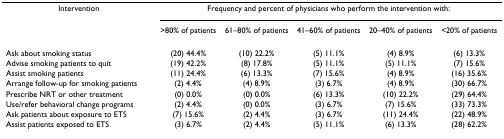
<table><thead><tr><td><b>Intervention</b></td><td colspan="5"><b>Frequency and percent of physicians who perform the intervention with:</b></td></tr><tr><td></td><td><b>&gt;80% of patients</b></td><td><b>61–80% of patients</b></td><td><b>41–60% of patients</b></td><td><b>20–40% of patients</b></td><td><b>&lt;20% of patients</b></td></tr></thead><tbody><tr><td>Ask about smoking status</td><td>(20) 44.4%</td><td>(10) 22.2%</td><td>(5) 11.1%</td><td>(4) 8.9%</td><td>(6) 13.3%</td></tr><tr><td>Advise smoking patients to quit</td><td>(19) 42.2%</td><td>(8) 17.8%</td><td>(5) 11.1%</td><td>(5) 11.1%</td><td>(7) 15.6%</td></tr><tr><td>Assist smoking patients</td><td>(11) 24.4%</td><td>(6) 13.3%</td><td>(7) 15.6%</td><td>(4) 8.9%</td><td>(16) 35.6%</td></tr><tr><td>Arrange follow-up for smoking patients</td><td>(2) 4.4%</td><td>(4) 8.9%</td><td>(3) 6.7%</td><td>(4) 8.9%</td><td>(30) 66.7%</td></tr><tr><td>Prescribe NRT or other treatment</td><td>(0) 0.0%</td><td>(0) 0.0%</td><td>(6) 13.3%</td><td>(10) 22.2%</td><td>(29) 64.4%</td></tr><tr><td>Use/refer behavioral change programs</td><td>(2) 4.4%</td><td>(0) 0.0%</td><td>(3) 6.7%</td><td>(7) 15.6%</td><td>(33) 73.3%</td></tr><tr><td>Ask patients about exposure to ETS</td><td>(7) 15.6%</td><td>(2) 4.4%</td><td>(3) 6.7%</td><td>(11) 24.4%</td><td>(22) 48.9%</td></tr><tr><td>Assist patients exposed to ETS</td><td>(3) 6.7%</td><td>(2) 4.4%</td><td>(5) 11.1%</td><td>(6) 13.3%</td><td>(28) 62.2%</td></tr></tbody></table>